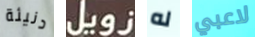
دنيئة زويل له لاعبي